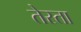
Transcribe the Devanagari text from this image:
तेस्ता